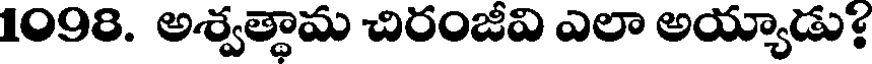
1098. అశ్వత్థామ చిరంజీవి ఎలా అయ్యాడు?